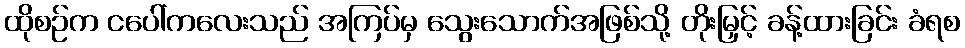
ထိုစဉ်က ငပေါ်ကလေးသည် အကြပ်မှ သွေးသောက်အဖြစ်သို့ တိုးမြှင့် ခန့်ထားခြင်း ခံရစ